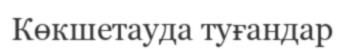
Көкшетауда туғандар